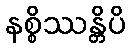
နစ္စိဿန္တိပိ